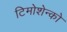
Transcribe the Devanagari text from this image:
टिमोशेन्को